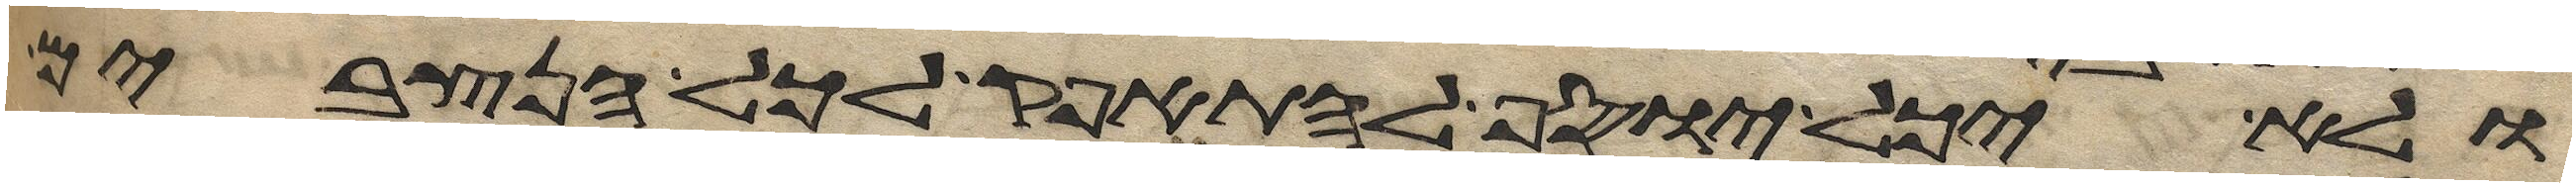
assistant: ולא יכל יוסף להתאפק לכל הנצבים